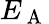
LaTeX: E_{\mathrm{~A~}}